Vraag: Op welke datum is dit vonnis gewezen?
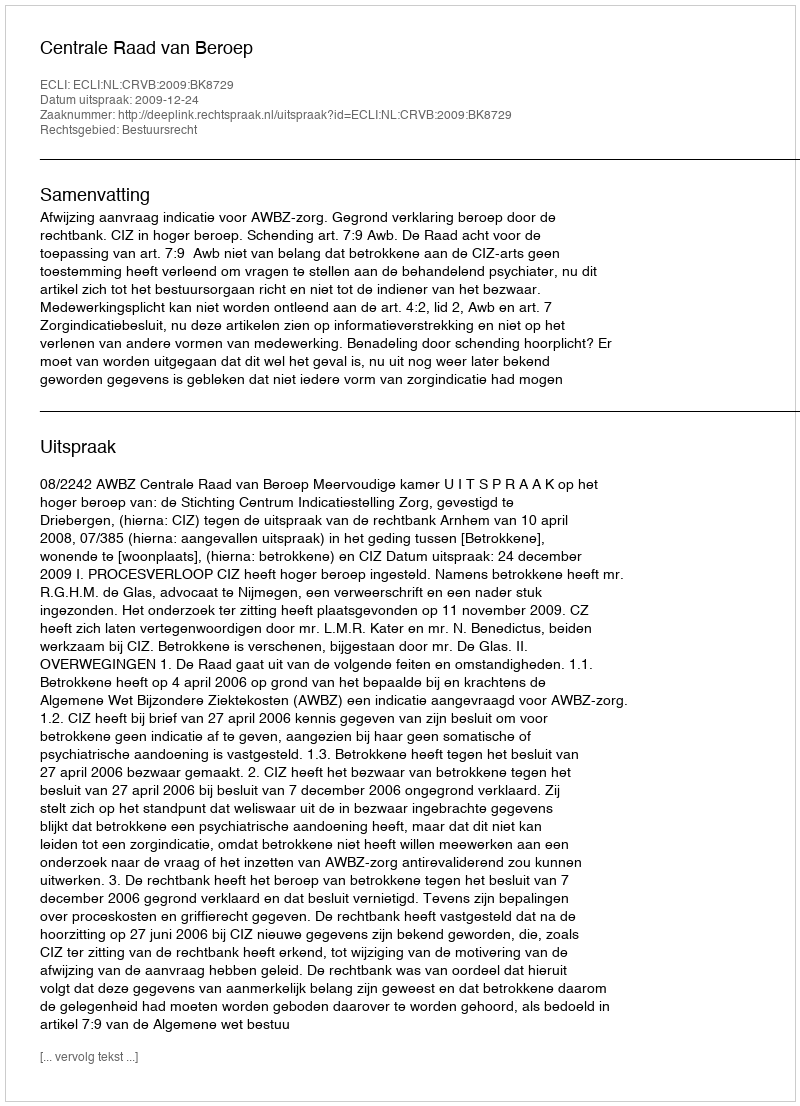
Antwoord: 2009-12-24